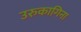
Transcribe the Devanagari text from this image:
उरुकागिना